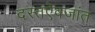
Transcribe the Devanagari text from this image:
दस्तऐवजांत